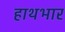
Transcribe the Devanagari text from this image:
हाथभार